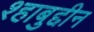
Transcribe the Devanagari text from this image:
श्हाबुद्दीन